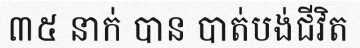
៣៥ នាក់ បាន បាត់បង់ជីវិត